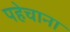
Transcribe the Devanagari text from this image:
पहेचाना